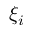
\xi _ { i }